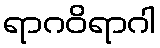
ရာဂဝိရာဂါ